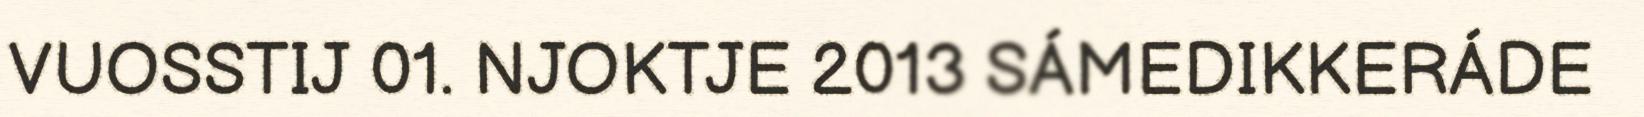
VUOSSTIJ 01. NJOKTJE 2013 SÁMEDIKKERÁDE